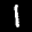
Label: 1